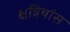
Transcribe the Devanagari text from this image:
क्षत्रियांस